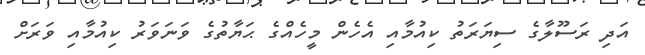
އަދި ރަސޫލާގެ ސިޔަރަތު ކިއުމާއި އެހެން މީހެއްގެ ޙަޔާތުގެ ވަނަވަރު ކިއުމާއި ވަރަށް